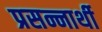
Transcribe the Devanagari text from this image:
प्रसन्नार्थी